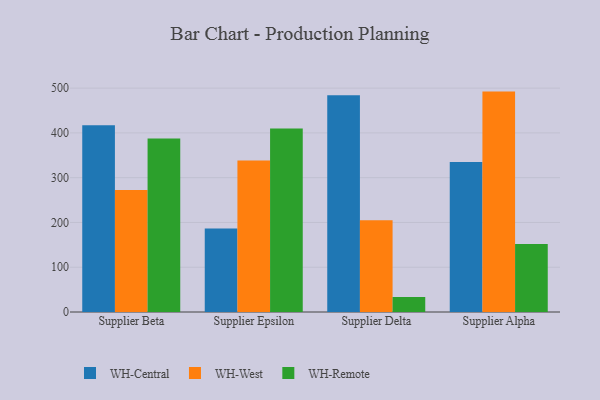
{"axis": {"x": "Supplier", "y": "Tickets Resolved"}, "legend": ["WH-Central", "WH-Remote", "WH-West"], "data": [{"x": "Supplier Beta", "y": 417.2, "type": "WH-Central"}, {"x": "Supplier Beta", "y": 272.2, "type": "WH-West"}, {"x": "Supplier Beta", "y": 387.3, "type": "WH-Remote"}, {"x": "Supplier Epsilon", "y": 186.3, "type": "WH-Central"}, {"x": "Supplier Epsilon", "y": 338.1, "type": "WH-West"}, {"x": "Supplier Epsilon", "y": 410.0, "type": "WH-Remote"}, {"x": "Supplier Delta", "y": 484.1, "type": "WH-Central"}, {"x": "Supplier Delta", "y": 205.1, "type": "WH-West"}, {"x": "Supplier Delta", "y": 33.5, "type": "WH-Remote"}, {"x": "Supplier Alpha", "y": 334.8, "type": "WH-Central"}, {"x": "Supplier Alpha", "y": 492.2, "type": "WH-West"}, {"x": "Supplier Alpha", "y": 151.8, "type": "WH-Remote"}]}